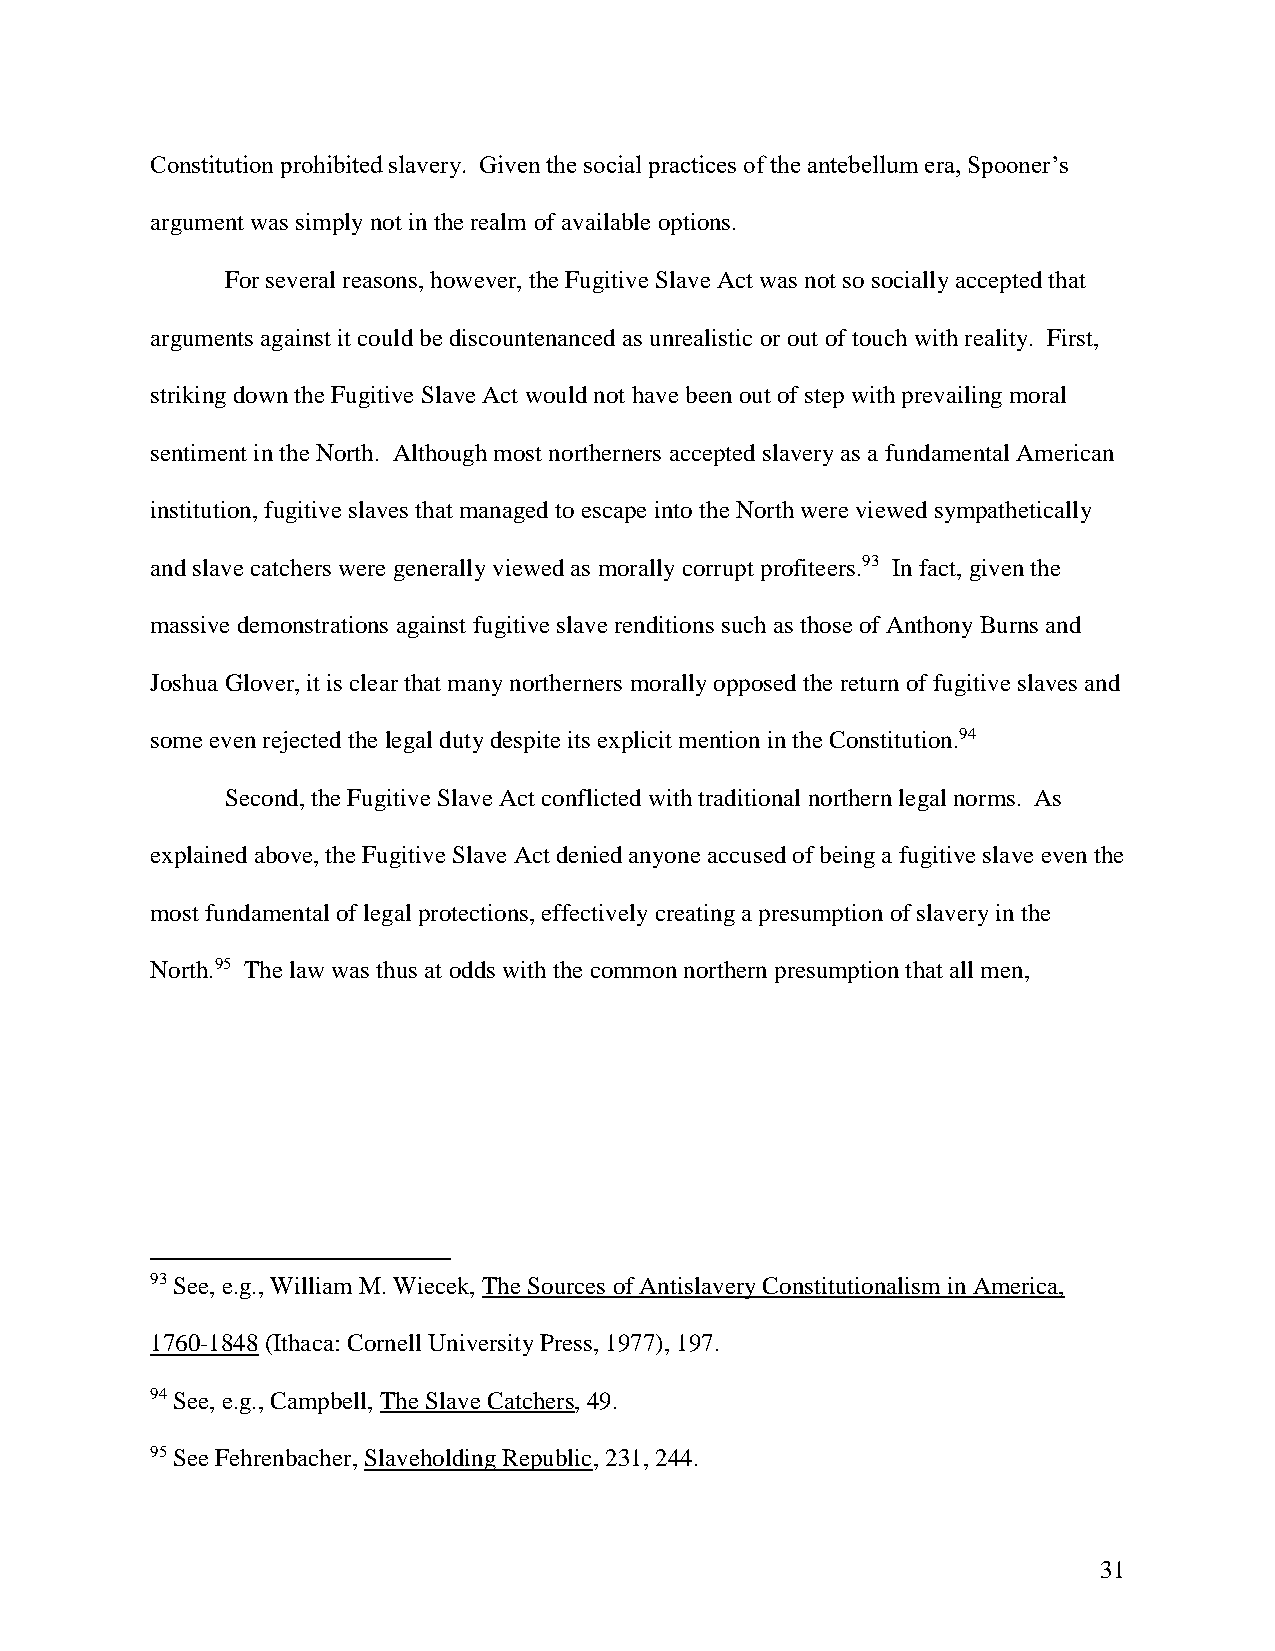
Constitution prohibited slavery. Given the social practices of the antebellum era, Spooner’s
 argument was simply not in the realm of available options.
 For several reasons, however, the Fugitive Slave Act was not so socially accepted that
 arguments against it could be discountenanced as unrealistic or out of touch with reality. First,
 striking down the Fugitive Slave Act would not have been out of step with prevailing moral
 sentiment in the North. Although most northerners accepted slavery as a fundamental American
 institution, fugitive slaves that managed to escape into the North were viewed sympathetically
 and slave catchers were generally viewed as morally corrupt profiteers.93 In fact, given the
 massive demonstrations against fugitive slave renditions such as those of Anthony Burns and
 Joshua Glover, it is clear that many northerners morally opposed the return of fugitive slaves and
 some even rejected the legal duty despite its explicit mention in the Constitution.94
 Second, the Fugitive Slave Act conflicted with traditional northern legal norms. As
 explained above, the Fugitive Slave Act denied anyone accused of being a fugitive slave even the
 most fundamental of legal protections, effectively creating a presumption of slavery in the
 North.95 The law was thus at odds with the common northern presumption that all men,
 93 See, e.g., William M. Wiecek, The Sources of Antislavery Constitutionalism in America,
 1760-1848 (Ithaca: Cornell University Press, 1977), 197.
 94 See, e.g., Campbell, The Slave Catchers, 49.
 95 See Fehrenbacher, Slaveholding Republic, 231, 244.
 31